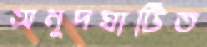
অনুদঘাটিত